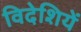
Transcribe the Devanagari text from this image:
विदेशियें